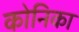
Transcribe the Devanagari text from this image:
कोनिका